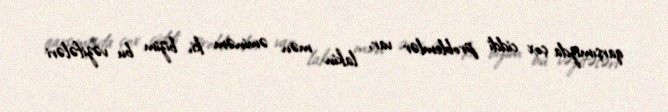
qarşımızda çox ciddi problemlər var, lakin mən əminəm ki, bizim bu vəzifələri